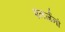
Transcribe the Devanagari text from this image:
एलर्जनों